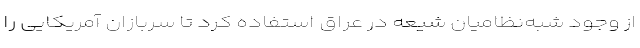
از وجود شبه‌نظامیان شیعه در عراق استفاده کرد تا سربازان آمریکایی را